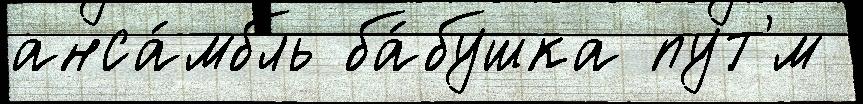
анса́мбль ба́бушка пут'́м